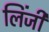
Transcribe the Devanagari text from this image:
लिंजी